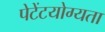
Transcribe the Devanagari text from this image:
पेटेंटयोग्यता